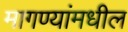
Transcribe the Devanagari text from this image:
मागण्यांमधील